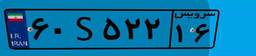
۶۰S۵۲۲۱۶